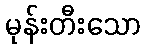
မုန်းတီးသော